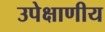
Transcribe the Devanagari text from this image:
उपेक्षाणीय